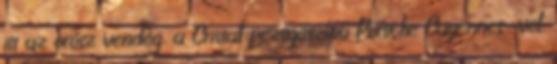
itt az orosz vendég, a Cristal pezsgőszínű Porsche Cayennes-vel.